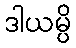
ဒါယမ္ပိ